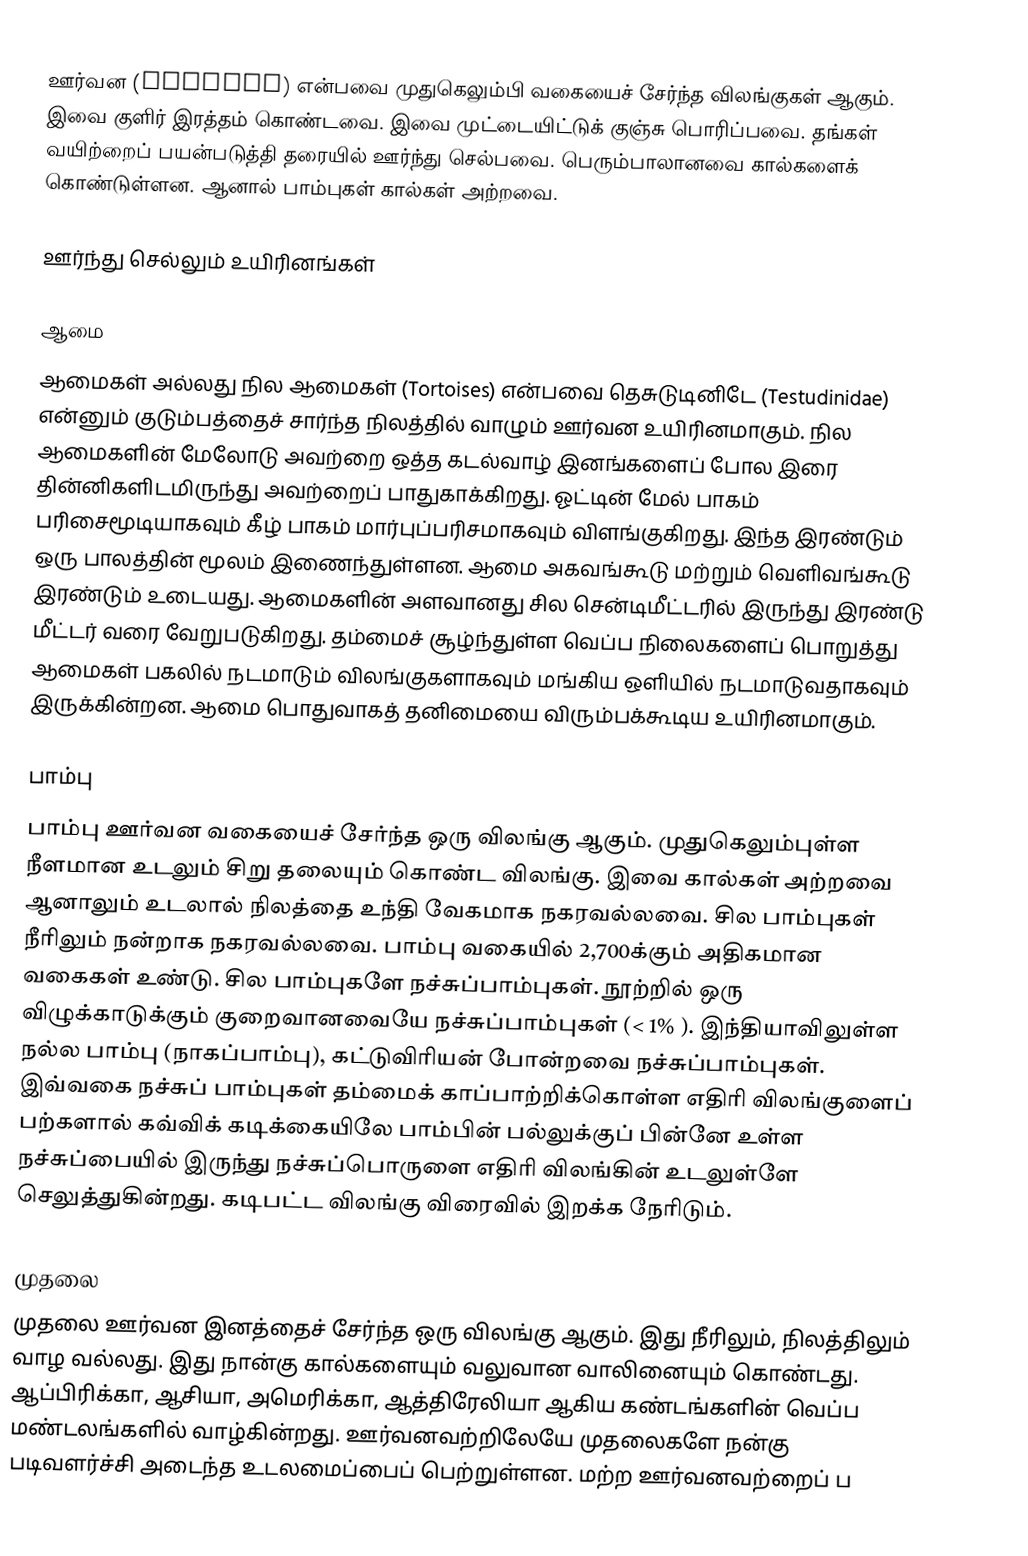
ஊர்வன (Reptile) என்பவை முதுகெலும்பி வகையைச் சேர்ந்த விலங்குகள் ஆகும். இவை குளிர் இரத்தம் கொண்டவை. இவை முட்டையிட்டுக் குஞ்சு பொரிப்பவை. தங்கள் வயிற்றைப் பயன்படுத்தி தரையில் ஊர்ந்து செல்பவை. பெரும்பாலானவை கால்களைக் கொண்டுள்ளன. ஆனால் பாம்புகள் கால்கள் அற்றவை.

ஊர்ந்து செல்லும் உயிரினங்கள்

ஆமை
ஆமைகள்  அல்லது நில ஆமைகள் (Tortoises) என்பவை தெசுடுடினிடே (Testudinidae) என்னும் குடும்பத்தைச் சார்ந்த நிலத்தில் வாழும் ஊர்வன உயிரினமாகும். நில ஆமைகளின் மேலோடு அவற்றை ஒத்த கடல்வாழ் இனங்களைப் போல இரை தின்னிகளிடமிருந்து அவற்றைப் பாதுகாக்கிறது. ஓட்டின் மேல் பாகம் பரிசைமூடியாகவும் கீழ் பாகம் மார்புப்பரிசமாகவும் விளங்குகிறது. இந்த இரண்டும் ஒரு பாலத்தின் மூலம் இணைந்துள்ளன. ஆமை அகவங்கூடு மற்றும் வெளிவங்கூடு இரண்டும் உடையது. ஆமைகளின் அளவானது சில சென்டிமீட்டரில் இருந்து இரண்டு மீட்டர் வரை வேறுபடுகிறது. தம்மைச் சூழ்ந்துள்ள வெப்ப நிலைகளைப் பொறுத்து ஆமைகள் பகலில் நடமாடும் விலங்குகளாகவும் மங்கிய ஒளியில் நடமாடுவதாகவும் இருக்கின்றன. ஆமை பொதுவாகத் தனிமையை விரும்பக்கூடிய உயிரினமாகும்.

பாம்பு
பாம்பு ஊர்வன வகையைச் சேர்ந்த ஒரு விலங்கு ஆகும். முதுகெலும்புள்ள நீளமான உடலும் சிறு தலையும் கொண்ட விலங்கு. இவை கால்கள் அற்றவை ஆனாலும் உடலால் நிலத்தை உந்தி வேகமாக நகரவல்லவை. சில பாம்புகள் நீரிலும் நன்றாக நகரவல்லவை. பாம்பு வகையில் 2,700க்கும் அதிகமான வகைகள் உண்டு. சில பாம்புகளே நச்சுப்பாம்புகள். நூற்றில் ஒரு விழுக்காடுக்கும் குறைவானவையே நச்சுப்பாம்புகள் (< 1% ). இந்தியாவிலுள்ள நல்ல பாம்பு (நாகப்பாம்பு), கட்டுவிரியன் போன்றவை நச்சுப்பாம்புகள். இவ்வகை நச்சுப் பாம்புகள் தம்மைக் காப்பாற்றிக்கொள்ள எதிரி விலங்குளைப் பற்களால் கவ்விக் கடிக்கையிலே பாம்பின் பல்லுக்குப் பின்னே உள்ள நச்சுப்பையில் இருந்து நச்சுப்பொருளை எதிரி விலங்கின் உடலுள்ளே செலுத்துகின்றது. கடிபட்ட விலங்கு விரைவில் இறக்க நேரிடும்.

முதலை
முதலை ஊர்வன இனத்தைச் சேர்ந்த ஒரு விலங்கு ஆகும். இது நீரிலும், நிலத்திலும் வாழ வல்லது. இது நான்கு கால்களையும் வலுவான வாலினையும் கொண்டது. ஆப்பிரிக்கா, ஆசியா, அமெரிக்கா, ஆத்திரேலியா ஆகிய கண்டங்களின் வெப்ப மண்டலங்களில் வாழ்கின்றது. ஊர்வனவற்றிலேயே முதலைகளே நன்கு படிவளர்ச்சி அடைந்த உடலமைப்பைப் பெற்றுள்ளன. மற்ற ஊர்வனவற்றைப் ப